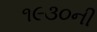
૧૯૩૦ની